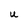
Character: U